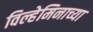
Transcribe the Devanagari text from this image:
विल्हेमिनाच्या